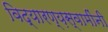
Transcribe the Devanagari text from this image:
विद्यारण्य़स्वामींनी